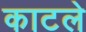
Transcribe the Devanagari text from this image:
काटले